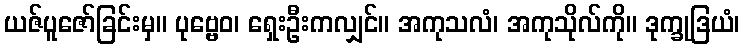
ယဇ်ပူဇော်ခြင်းမှ။ ပုဗ္ဗေဝ၊ ရှေးဦးကလျှင်။ အကုသလံ၊ အကုသိုလ်ကို။ ဒုက္ခုဒြယံ၊